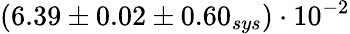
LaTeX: (6.39\pm 0.02\pm 0.60_{sys})\cdot 10^{-2}